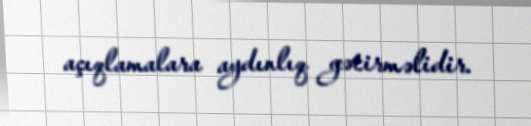
açıqlamalara aydınlıq gətirməlidir.